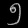
Digit: ၅